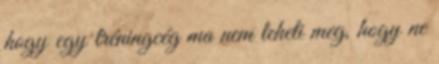
hogy egy tréningcég ma nem teheti meg, hogy ne